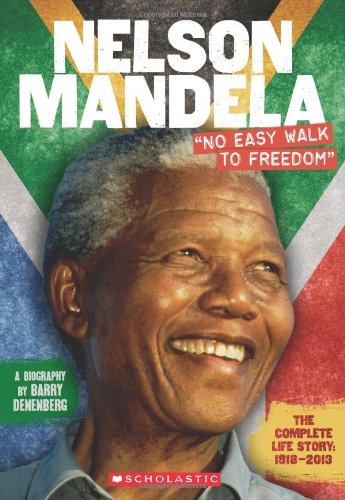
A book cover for Nelson Mandela: "No Easy Walk to Freedom"; Barry Denenberg; Children's Books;